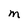
Character: M